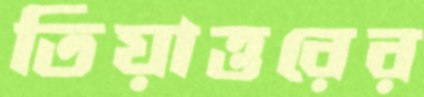
তিয়াত্তরের